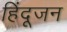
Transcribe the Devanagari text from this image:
हिंदूजन